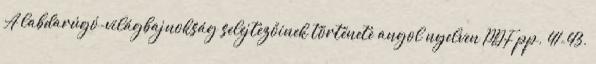
A labdarúgó-világbajnokság selejtezőinek története angol nyelven PDF pp. 41-43.